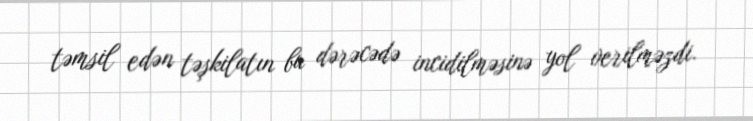
təmsil edən təşkilatın bu dərəcədə incidilməsinə yol verilməzdi.